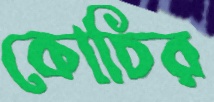
কোচির